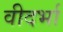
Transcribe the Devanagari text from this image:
वीदर्भा